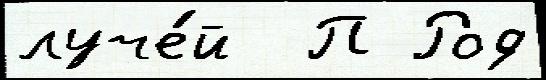
луче́й  П Род